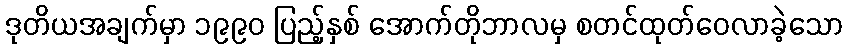
ဒုတိယအချက်မှာ ၁၉၉၀ ပြည့်နှစ် အောက်တိုဘာလမှ စတင်ထုတ်ဝေလာခဲ့သော